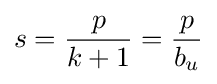
s={\frac {p}{k+1}}={\frac {p}{b_{u}}}